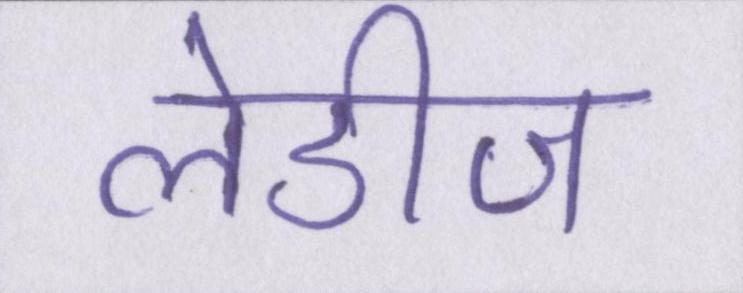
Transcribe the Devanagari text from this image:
लेडीज